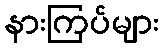
နားကြပ်များ